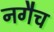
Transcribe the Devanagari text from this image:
नगैच